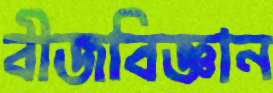
বীজবিজ্ঞান